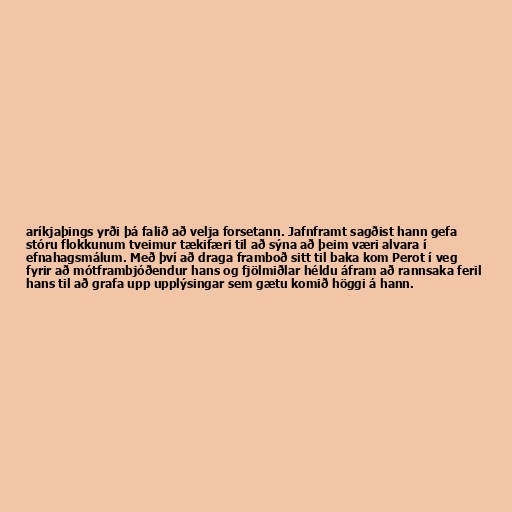
aríkjaþings yrði þá falið að velja forsetann. Jafnframt sagðist hann gefa
stóru flokkunum tveimur tækifæri til að sýna að þeim væri alvara í
efnahagsmálum. Með því að draga framboð sitt til baka kom Perot í veg
fyrir að mótframbjóðendur hans og fjölmiðlar héldu áfram að rannsaka feril
hans til að grafa upp upplýsingar sem gætu komið höggi á hann.